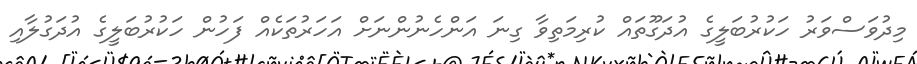
މިދުވަސްވަރު ހަކުރުބަލީގެ އުދަގޫތައް ކުރިމަތިވާ ގިނަ އަންހެނުންނަށް އަހަރުތަކެއް ފަހުން ހަކުރުބަލީގެ އުދަގުލާއި